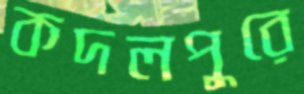
কদলপুরে